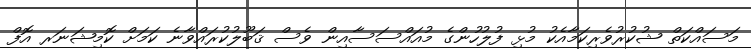
މަސައްކަތް ޝުކުރުވެރިކަމާއެކު މުޅި ފުލުހުންގެ މުއައްސަސާއިން ވެސް ޤަބޫލުކުރައްވާނެ ކަމަށް ކޮމިޝަނަރ އޮފް